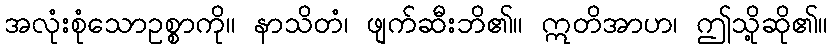
အလုံးစုံသောဥစ္စာကို။ နာသိတံ၊ ဖျက်ဆီးဘိ၏။ ဣတိအာဟ၊ ဤသို့ဆို၏။